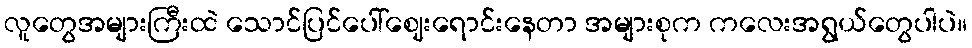
လူတွေအများကြီးထဲ သောင်ပြင်ပေါ်ဈေးရောင်းနေတာ အများစုက ကလေးအရွယ်တွေပါပဲ။